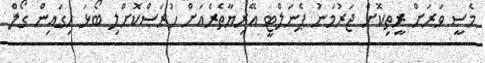
މެސީ ވަރަށް ރީތިކޮށް ޖަރުމަނު ޕެނަލްޓީ އޭރިޔާތެރެއަށް ހުރަސްކޮށްލި ބޯޅަ ހިގައިން ގޯލް